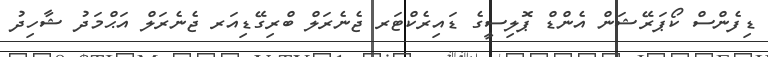
ޑިފެންސް ކޯޕަރޭޝަން އެންޑް ޕޮލިސީގެ ޑައިރެކްޓަރ ޖެނެރަލް ބްރިގޭޑިއަރ ޖެނެރަލް އަޙްމަދު ޝާހިދު